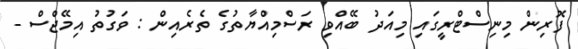
ފޮރިން މިނިސްޓްރީގައި މިއަދު ބޭއްވި ރަސްމިއްޔާތުގެ ތެރެއިން : ވަގުތު އިމޭޖްސް -